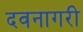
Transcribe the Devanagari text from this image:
दवनागरी